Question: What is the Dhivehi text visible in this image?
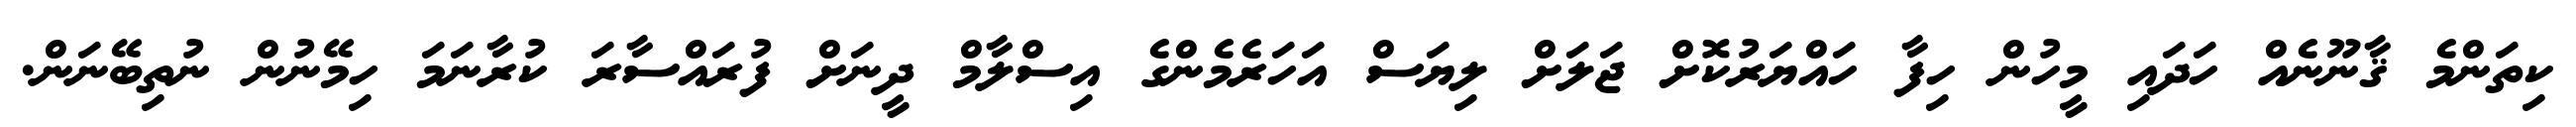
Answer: ކިތަންމެ ޤާނޫނެއް ހަދައި މީހުން ހިފާ ހައްޔަރުކޮށް ޖަލަށް ލިޔަސް އަހަރެމެންގެ އިސްލާމް ދީނަށް ފުރައްސާރަ ކުރާނަމަ ހިމޭނުން ނުތިބޭނަން.